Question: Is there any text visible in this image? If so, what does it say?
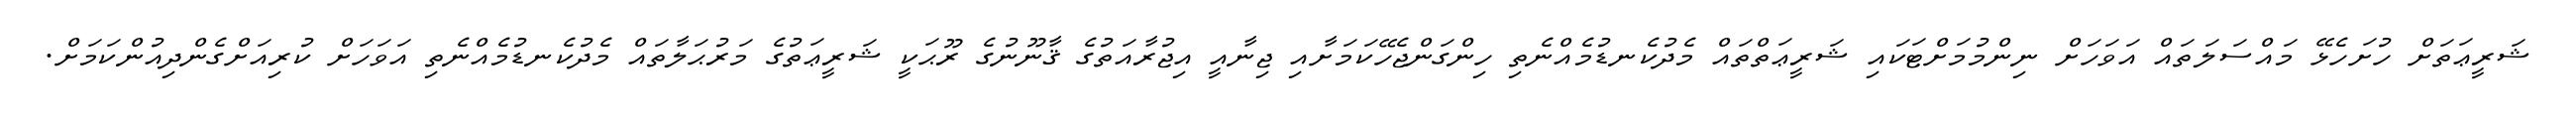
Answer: ޝަރީޢަތަށް ހުށަހެޅޭ މައްސަލަތައް އަވަހަށް ނިންމުމަށްޓަކައި ޝަރީޢަތްތައް މެދުކެނޑުމެއްނެތި ހިންގަންޖެހޭކަމަށާއި ޖިނާއީ އިޖުރާއަތުގެ ޤާނޫނުގެ ރޫޙަކީ ޝަރީޢަތުގެ މަރުޙަލާތައް މެދުކެނޑުމެއްނެތި އަވަހަށް ކުރިއަށްގެންދިއުންކަމަށް.